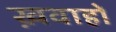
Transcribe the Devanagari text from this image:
ख़वाहों